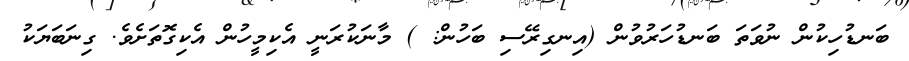
ބަނޑުހިކުން ނުވަތަ ބަނޑުހަރުވުން (އިނގިރޭސި ބަހުން: ) މާނަކުރަނީ އެކިމީހުން އެކިގޮތަށެވެ. ގިނަބަޔަކު